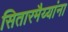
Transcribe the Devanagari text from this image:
सितारमैय्यांना